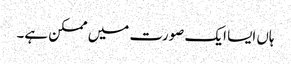
ہاں ایسا ایک صورت میں ممکن ہے۔